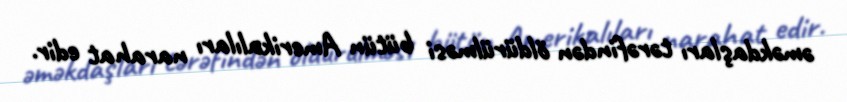
əməkdaşları tərəfindən öldürülməsi bütün Amerikalıları narahat edir.